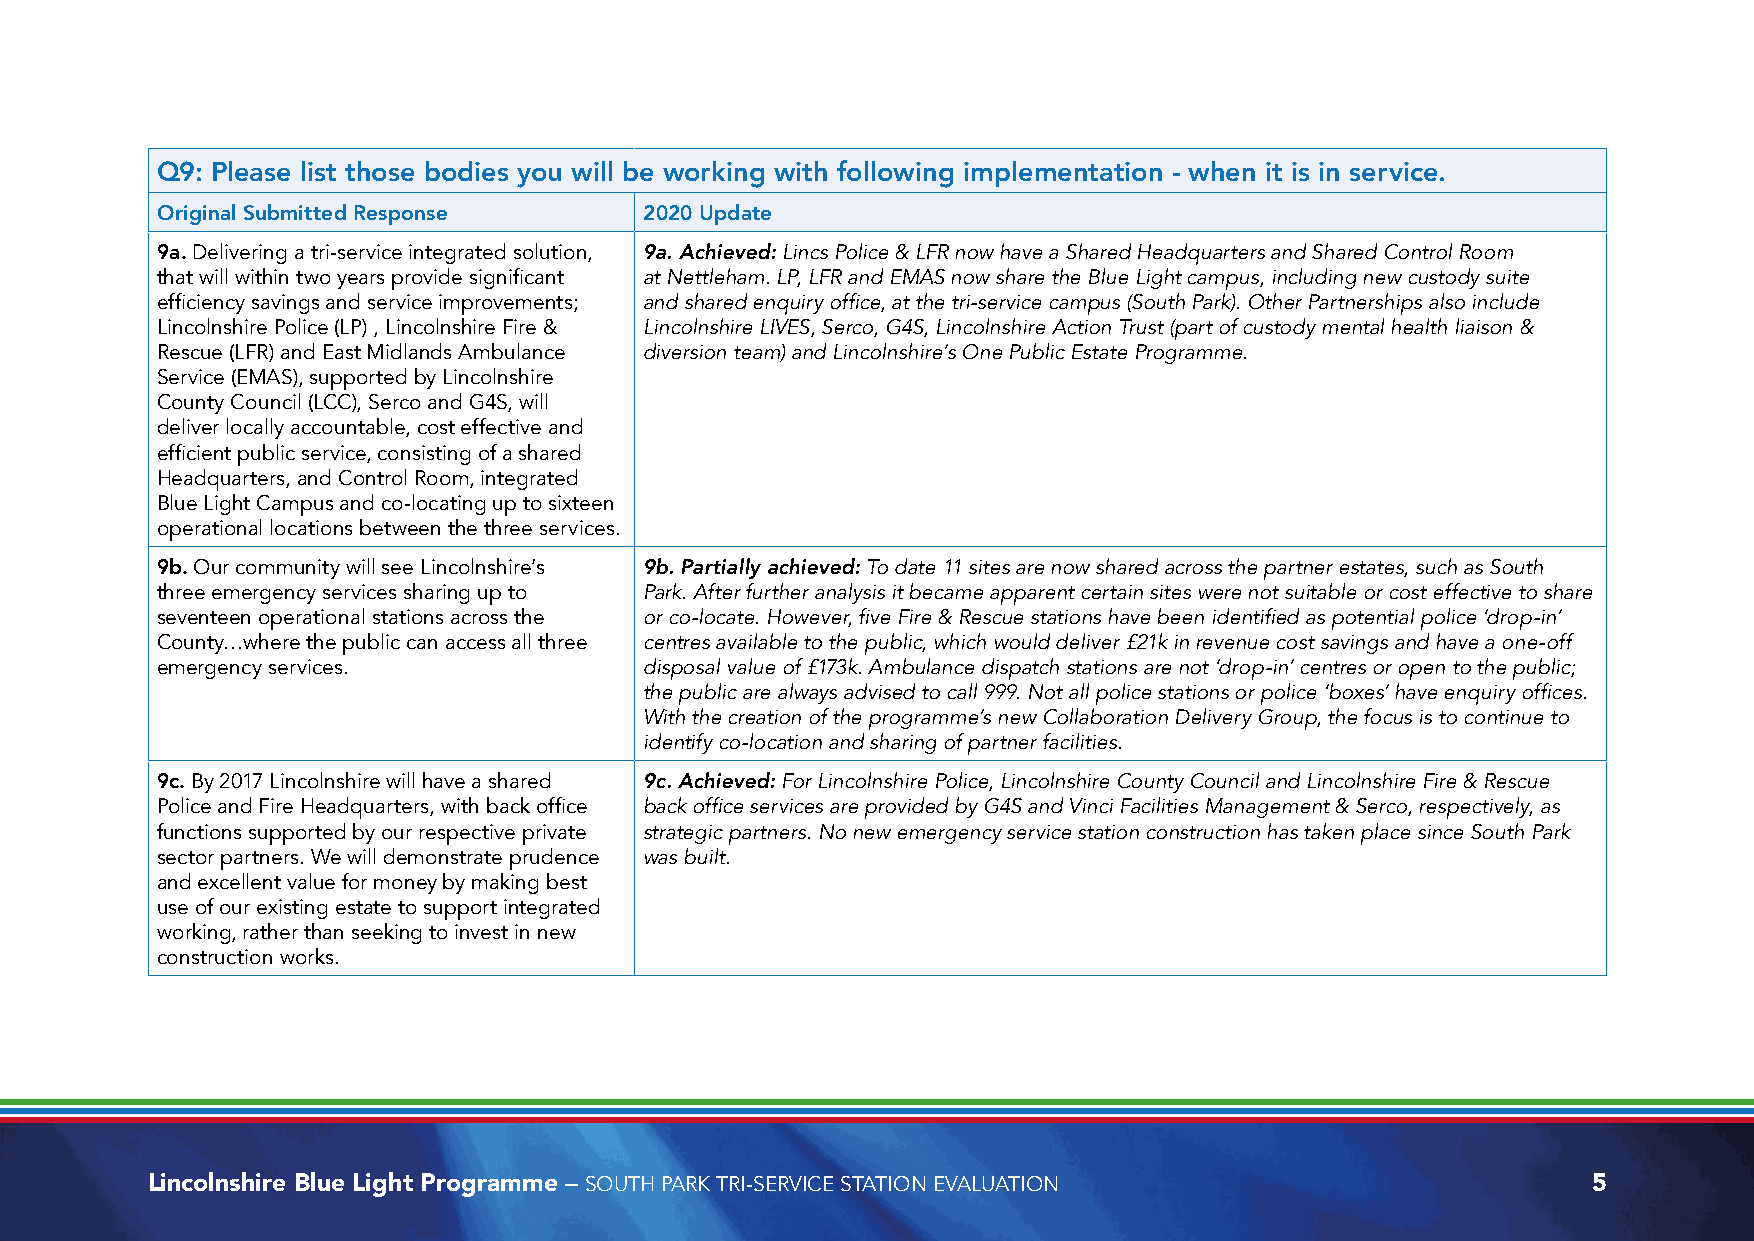
Q9: Please list those bodies you will be working with following implementation - when it is in service.
 Original Submitted Response      2020 Update
 9a. Delivering a tri-service integrated solution, 9a. Achieved: Lincs Police & LFR now have a Shared Headquarters and Shared Control Room
 that will within two years provide significant at Nettleham. LP, LFR and EMAS now share the Blue Light campus, including new custody suite
 efficiency savings and service improvements; and shared enquiry office, at the tri-service campus (South Park). Other Partnerships also include
 Lincolnshire Police (LP) , Lincolnshire Fire & Lincolnshire LIVES, Serco, G4S, Lincolnshire Action Trust (part of custody mental health liaison &
 Rescue (LFR) and East Midlands Ambulance diversion team) and Lincolnshire’s One Public Estate Programme.
 Service (EMAS), supported by Lincolnshire
 County Council (LCC), Serco and G4S, will
 deliver locally accountable, cost effective and
 efficient public service, consisting of a shared
 Headquarters, and Control Room, integrated
 Blue Light Campus and co-locating up to sixteen
 operational locations between the three services.
 9b. Our community will see Lincolnshire’s 9b. Partially achieved: To date 11 sites are now shared across the partner estates, such as South
 three emergency services sharing up to Park. After further analysis it became apparent certain sites were not suitable or cost effective to share
 seventeen operational stations across the or co-locate. However, five Fire & Rescue stations have been identified as potential police ‘drop-in’
 County…where the public can access all three centres available to the public, which would deliver £21k in revenue cost savings and have a one-off
 emergency services.              disposal value of £173k. Ambulance dispatch stations are not ‘drop-in’ centres or open to the public;
 the public are always advised to call 999. Not all police stations or police ‘boxes’ have enquiry offices.
 With the creation of the programme’s new Collaboration Delivery Group, the focus is to continue to
 identify co-location and sharing of partner facilities.
 9c. By 2017 Lincolnshire will have a shared 9c. Achieved: For Lincolnshire Police, Lincolnshire County Council and Lincolnshire Fire & Rescue
 Police and Fire Headquarters, with back office back office services are provided by G4S and Vinci Facilities Management & Serco, respectively, as
 functions supported by our respective private strategic partners. No new emergency service station construction has taken place since South Park
 sector partners. We will demonstrate prudence was built.
 and excellent value for money by making best
 use of our existing estate to support integrated
 working, rather than seeking to invest in new
 construction works.
 Lincolnshire Blue Light Programme – SOUTH PARK TRI-SERVICE STATION EVALUATION                  5